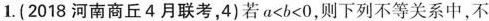
1.(2018河南商丘4月联考，4)若$$a < b < 0$$，则下列不等关系中，不